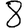
Digit: 8